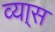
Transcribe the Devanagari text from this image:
व्या्स